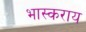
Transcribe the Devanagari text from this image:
भास्कराय